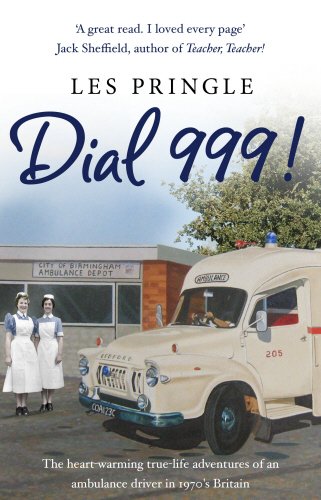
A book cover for Dial 999!; Les Pringle; Medical Books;